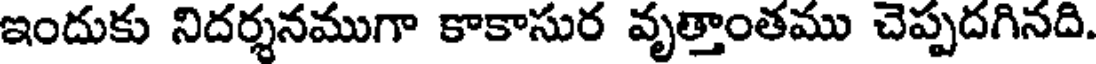
ఇందుకు నిదర్శనముగా కాకాసుర వృత్తాంతము చెప్పదగినది.